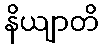
နိယျာတိ